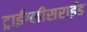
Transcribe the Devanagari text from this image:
ट्राईग्लीसराईड